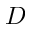
D